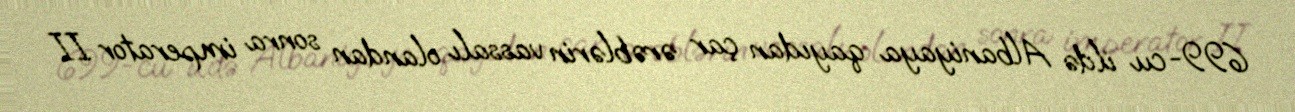
699-cu ildə Albaniyaya qayıdan çar ərəblərin vassalı olandan sonra imperator II